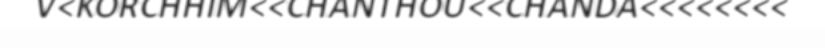
V<KORCHHIM<<CHANTHOU<<CHANDA<<<<<<<<